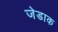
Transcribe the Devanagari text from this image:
जेडाक